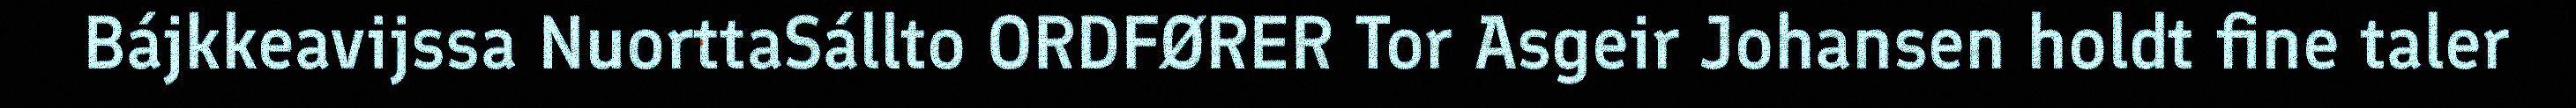
Bájkkeavijssa NuorttaSállto ORDFØRER Tor Asgeir Johansen holdt fine taler